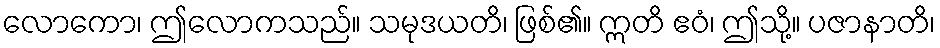
လောကော၊ ဤလောကသည်။ သမုဒယတိ၊ ဖြစ်၏။ ဣတိ ဧဝံ၊ ဤသို့။ ပဇာနာတိ၊